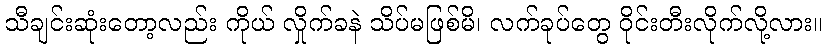
သီချင်းဆုံးတော့လည်း ကိုယ် လှိုက်ခနဲ သိပ်မဖြစ်မိ၊ လက်ခုပ်တွေ ဝိုင်းတီးလိုက်လို့လား။